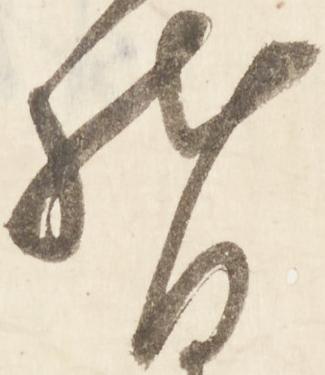
督